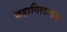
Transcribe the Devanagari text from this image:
जहागिरदारांना